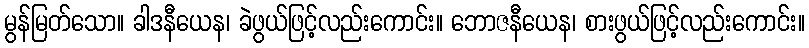
မွန်မြတ်သော။ ခါဒနီယေန၊ ခဲဖွယ်ဖြင့်လည်းကောင်း။ ဘောဇနီယေန၊ စားဖွယ်ဖြင့်လည်းကောင်း။